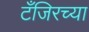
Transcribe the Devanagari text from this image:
टँजिरच्या